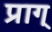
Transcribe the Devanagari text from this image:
प्राग्‌